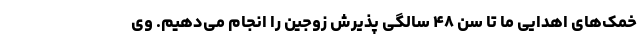
خمک‌های اهدایی ما تا سن ۴۸ سالگی پذیرش زوجین را انجام می‌دهیم. وی